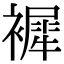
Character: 䙙